Rangoon Lunatic Asylum 1893-1897 - 1893-1897
Year: 1893
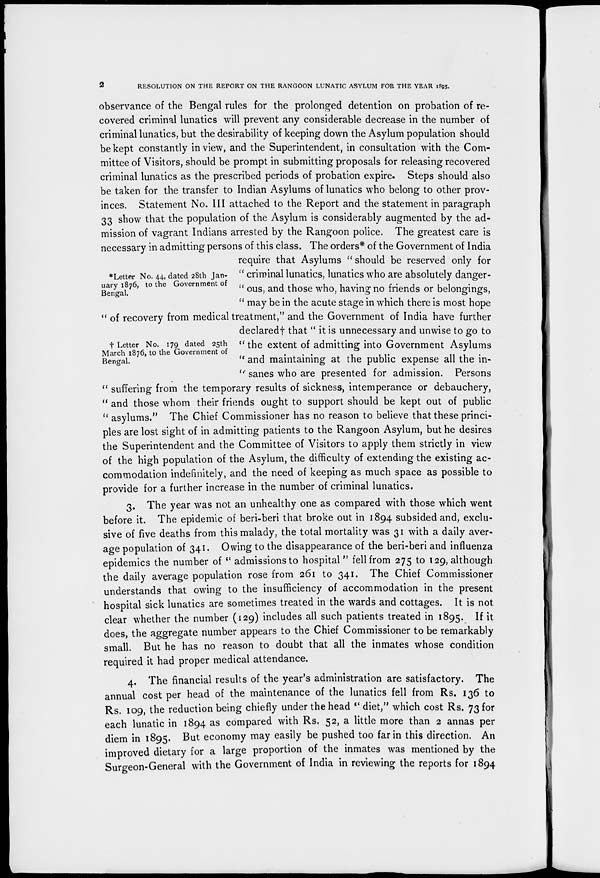
2
RESOLUTION ON THE REPORT ON THE RANGOON LUNATIC ASYLUM FOR THE YEAR 1895.
*Letter No. 44, dated 28th Jan-
uary 1876, to the Government of
Bengal.
† Letter No. 179 dated 25th
March 1876, to the Government of
Bengal.
observance of the Bengal rules for the prolonged detention on probation of re-
covered criminal lunatics will prevent any considerable decrease in the number of
criminal lunatics, but the desirability of keeping down the Asylum population should
be kept constantly in view, and the Superintendent, in consultation with the Com-
mittee of Visitors, should be prompt in submitting proposals for releasing recovered
criminal lunatics as the prescribed periods of probation expire. Steps should also
be taken for the transfer to Indian Asylums of lunatics who belong to other prov-
inces. Statement No. III attached to the Report and the statement in paragraph
33 show that the population of the Asylum is considerably augmented by the ad-
mission of vagrant Indians arrested by the Rangoon police. The greatest care is
necessary in admitting persons of this class. The orders* of the Government of India
require that Asylums " should be reserved only for
" criminal lunatics, lunatics who are absolutely danger-
" ous, and those who, having no friends or belongings,
" may be in the acute stage in which there is most hope
" of recovery from medical treatment," and the Government of India have further
declared† that " it is unnecessary and unwise to go to
" the extent of admitting into Government Asylums
" and maintaining at the public expense all the in-
" sanes who are presented for admission. Persons
" suffering from the temporary results of sickness, intemperance or debauchery,
" and those whom their friends ought to support should be kept out of public
" asylums." The Chief Commissioner has no reason to believe that these princi-
ples are lost sight of in admitting patients to the Rangoon Asylum, but he desires
the Superintendent and the Committee of Visitors to apply them strictly in view
of the high population of the Asylum, the difficulty of extending the existing ac-
commodation indefinitely, and the need of keeping as much space as possible to
provide for a further increase in the number of criminal lunatics.
3. The year was not an unhealthy one as compared with those which went
before it. The epidemic of beri-beri that broke out in 1894 subsided and, exclu-
sive of five deaths from this malady, the total mortality was 31 with a daily aver-
age population of 341. Owing to the disappearance of the beri-beri and influenza
epidemics the number of " admissions to hospital" fell from 275 to 129, although
the daily average population rose from 261 to 341. The Chief Commissioner
understands that owing to the insufficiency of accommodation in the present
hospital sick lunatics are sometimes treated in the wards and cottages. It is not
clear whether the number (129) includes all such patients treated in 1895. If it
does, the aggregate number appears to the Chief Commissioner to be remarkably
small. But he has no reason to doubt that all the inmates whose condition
required it had proper medical attendance.
4. The financial results of the year's administration are satisfactory. The
annual cost per head of the maintenance of the lunatics fell from Rs. 136 to
Rs. 109, the reduction being chiefly under the head " diet," which cost Rs. 73 for
each lunatic in 1894 as compared with Rs. 52, a little more than 2 annas per
diem in 1895. But economy may easily be pushed too far in this direction. An
improved dietary for a large proportion of the inmates was mentioned by the
Surgeon-General with the Government of India in reviewing the reports for 1894